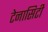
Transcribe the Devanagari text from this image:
टेनासिटी